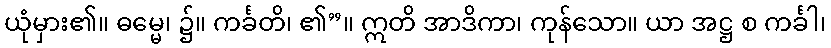
ယုံမှား၏။ ဓမ္မေ၊ ၌။ ကင်္ခတိ၊ ၏”။ ဣတိ အာဒိကာ၊ ကုန်သော။ ယာ အဋ္ဌ စ ကင်္ခါ၊